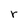
Character: r